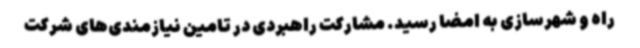
راه و شهرسازی به امضا رسید. مشارکت راهبردی در تامین نیازمندی‌های شرکت